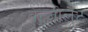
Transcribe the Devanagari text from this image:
बेन्ज़ीलेट